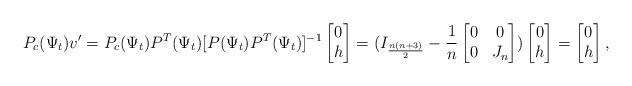
LaTeX: \begin{align*} P_c(\Psi_t)v'=P_c(\Psi_t)P^T(\Psi_t)[P(\Psi_t)P^T(\Psi_t)]^{-1}\begin{bmatrix} 0\\ h\end{bmatrix}=(I_{\frac{n(n+3)}{2}}-\frac{1}{n}\begin{bmatrix} 0&0\\ 0& J_n \end{bmatrix})\begin{bmatrix} 0\\h \end{bmatrix}=\begin{bmatrix} 0\\h \end{bmatrix},\end{align*}